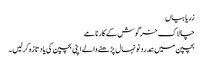
زریابیاں
چالاک خرگوش کے کارنامے
بچپن میں ہمدرد نونہال پڑھنے والے اپنی بچپن کی یاد تازہ کرلیں۔